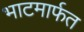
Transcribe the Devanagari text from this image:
भाटमार्फत